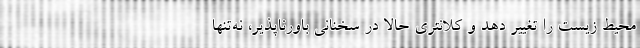
محیط ‌زیست را تغییر دهد و کلانتری حالا در سخنانی باورناپذیر، نه‌تنها